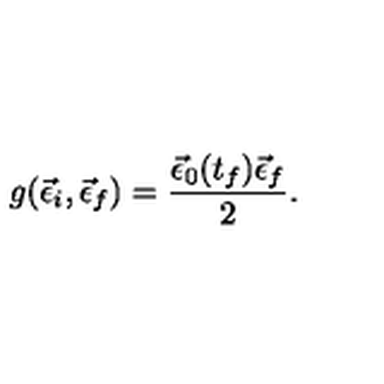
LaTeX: g ( \vec { \epsilon } _ { i } , \vec { \epsilon } _ { f } ) = \frac { \vec { \epsilon } _ { 0 } ( t _ { f } ) \vec { \epsilon } _ { f } } { 2 } .